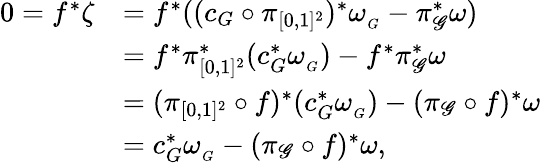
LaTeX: \begin{array}{rl}{0=f^{*}\zeta}&{=f^{*}((c_{G}\circ\pi_{[0,1]^{2}})^{*}\omega_{_{G}}-\pi_{\mathscr{G}}^{*}\omega)}\\ &{=f^{*}\pi_{[0,1]^{2}}^{*}(c_{G}^{*}\omega_{_{G}})-f^{*}\pi_{\mathscr{G}}^{*}\omega}\\ &{=(\pi_{[0,1]^{2}}\circ f)^{*}(c_{G}^{*}\omega_{_{G}})-(\pi_{\mathscr{G}}\circ f)^{*}\omega}\\ &{=c_{G}^{*}\omega_{_{G}}-(\pi_{\mathscr{G}}\circ f)^{*}\omega,}\end{array}